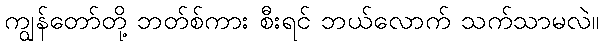
ကျွန်တော်တို့ ဘတ်စ်ကား စီးရင် ဘယ်လောက် သက်သာမလဲ။